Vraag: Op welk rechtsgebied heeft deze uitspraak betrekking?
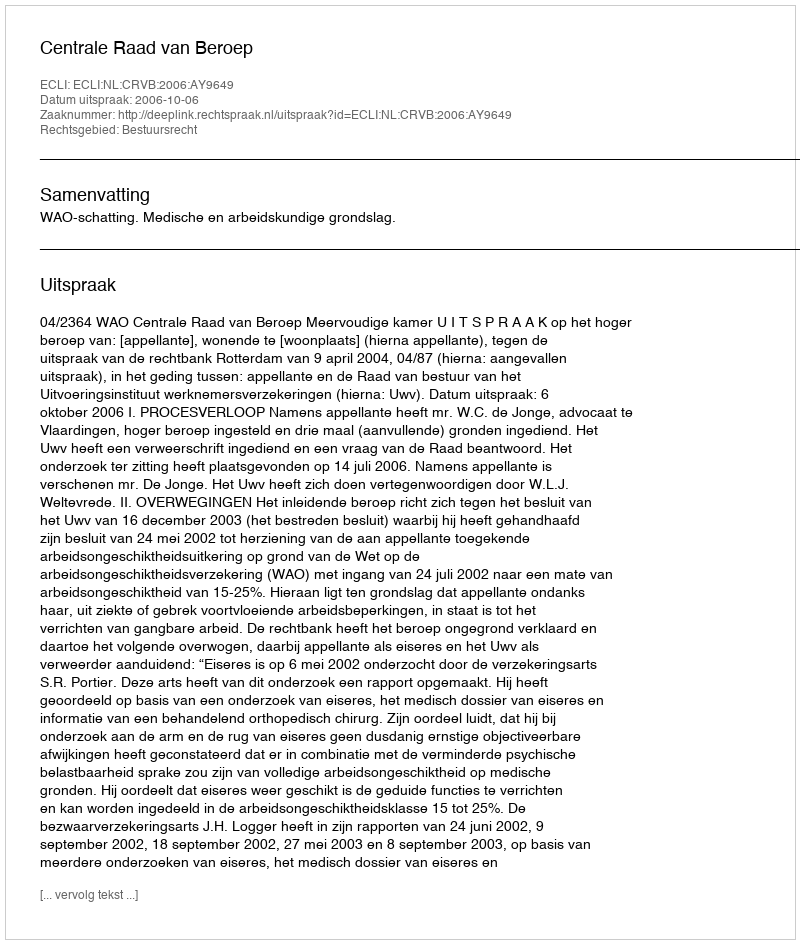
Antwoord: Bestuursrecht